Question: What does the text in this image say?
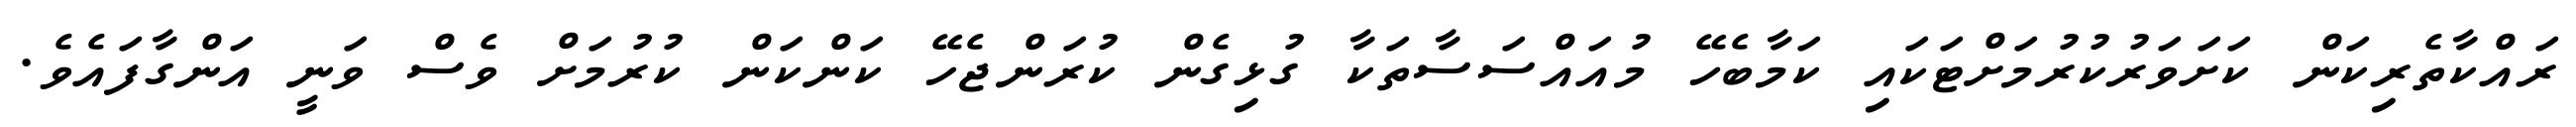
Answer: ރައްކާތެރިކަން ކަށަވަރުކުރުމަށްޓަކައި ކަމާބެހޭ މުއައްސަސާތަކާ ގުޅިގެން ކުރަންޖެހޭ ކަންކަން ކުރުމަށް ވެސް ވަނީ އަންގާފައެވެ.